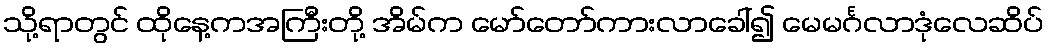
သို့ရာတွင် ထိုနေ့ကအကြီးတို့ အိမ်က မော်တော်ကားလာခေါ်၍ မေမင်္ဂလာဒုံလေဆိပ်